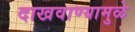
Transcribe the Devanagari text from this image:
दाखवाण्यामुळे